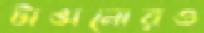
টাঙানোরও